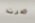
صرت